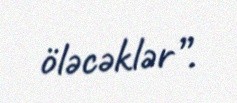
öləcəklər”.